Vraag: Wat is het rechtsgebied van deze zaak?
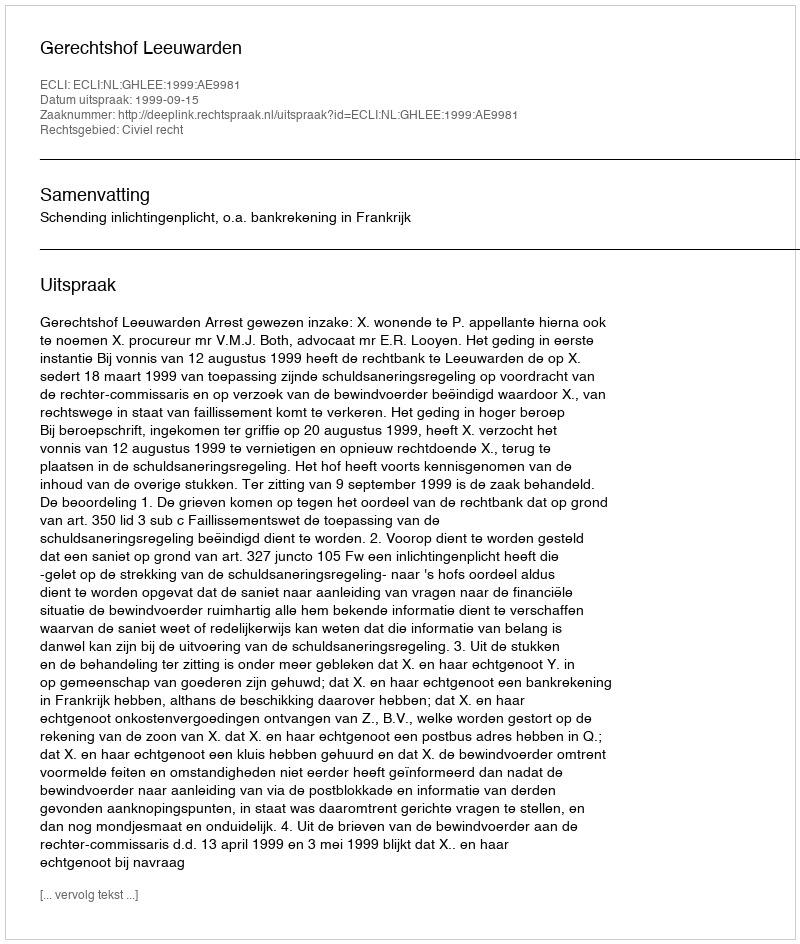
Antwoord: Civiel recht